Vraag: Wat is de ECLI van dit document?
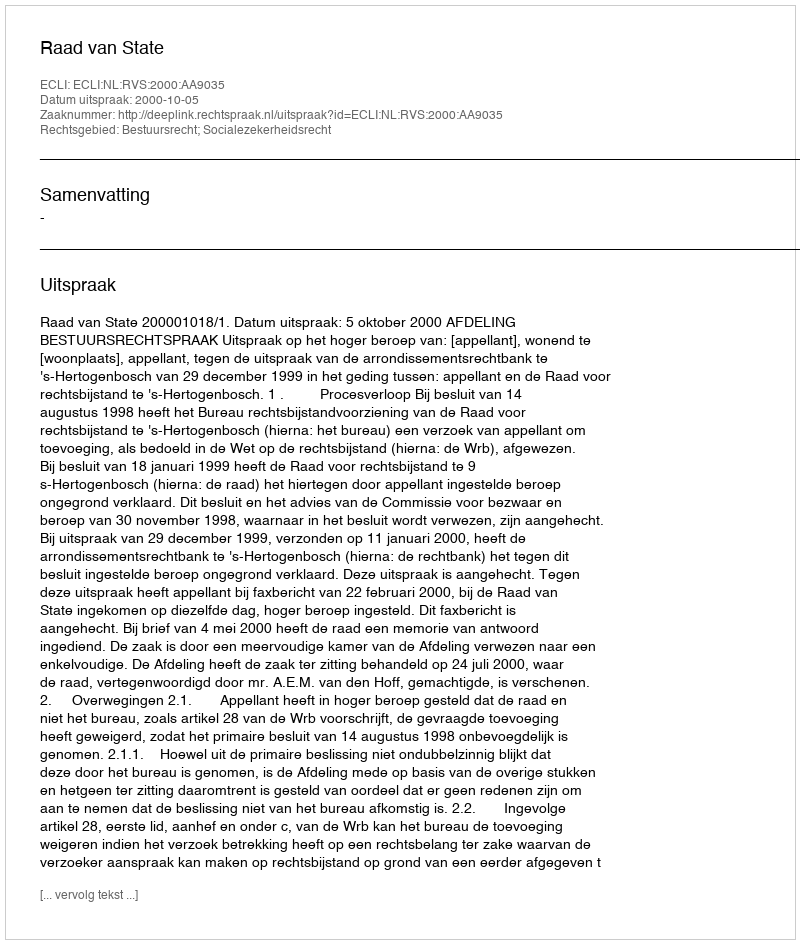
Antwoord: ECLI:NL:RVS:2000:AA9035